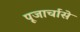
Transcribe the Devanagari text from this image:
पूजार्चासे